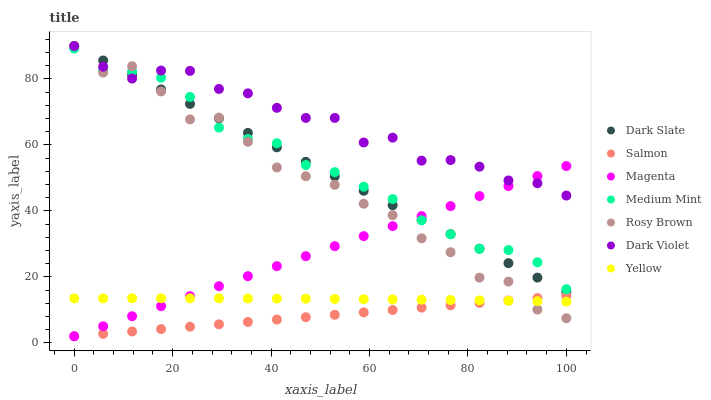
| xaxis_label | Dark Slate | Salmon | Magenta | Medium Mint | Rosy Brown | Dark Violet | Yellow |
 | --- | --- | --- | --- | --- | --- | --- | --- |
 | 0 | 90 | 2 | 2 | 89.2 | 90 | 90 | 13.5 |
 | 5.88 | 85.6 | 2.72 | 5.04 | 82.7 | 82 | 83.7 | 13.5 |
 | 11.8 | 81.2 | 3.45 | 8.07 | 82.2 | 83.9 | 80.1 | 13.5 |
 | 17.6 | 76.8 | 4.17 | 11.1 | 80.4 | 76.2 | 82.6 | 13.5 |
 | 23.5 | 72.4 | 4.89 | 14.1 | 74.6 | 67.7 | 82.5 | 13.5 |
 | 29.4 | 68.1 | 5.62 | 17.2 | 65.3 | 68.3 | 77 | 13.5 |
 | 35.3 | 63.7 | 6.34 | 20.2 | 61.8 | 61 | 75.7 | 13.5 |
 | 41.2 | 59.3 | 7.06 | 23.2 | 60.5 | 53.2 | 71.3 | 13.4 |
 | 47.1 | 54.9 | 7.79 | 26.3 | 53.9 | 50.5 | 68.2 | 13.4 |
 | 52.9 | 50.5 | 8.51 | 29.3 | 51.8 | 47.9 | 68.2 | 13.3 |
 | 58.8 | 46.1 | 9.23 | 32.4 | 47.3 | 42.2 | 60.8 | 13.2 |
 | 64.7 | 41.7 | 9.95 | 35.4 | 43.6 | 38.7 | 62.2 | 13.2 |
 | 70.6 | 37.3 | 10.7 | 38.4 | 37.2 | 31.7 | 55.2 | 13.1 |
 | 76.5 | 32.9 | 11.4 | 41.5 | 32.9 | 27.5 | 55.4 | 13 |
 | 82.4 | 28.6 | 12.1 | 44.5 | 28.5 | 19.8 | 53.4 | 12.9 |
 | 88.2 | 24.2 | 12.8 | 47.5 | 28.1 | 18.6 | 49.2 | 12.8 |
 | 94.1 | 19.8 | 13.6 | 50.6 | 24.4 | 10.1 | 48.4 | 12.6 |
 | 100 | 15.4 | 14.3 | 53.6 | 16.3 | 7.46 | 44.7 | 12.5 |